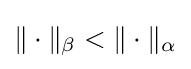
\|\cdot \|_{\beta }<\|\cdot \|_{\alpha }